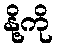
နို့ကို